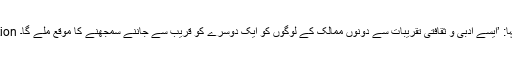
Image caption وليد اقبال نے کہا: ’ایسے ادبی و ثقافتی تقریبات سے دونوں ممالک کے لوگوں کو ایک دوسرے کو قریب سے جاننے سمجھنے کا موقع ملے گا۔